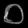
Digit: ၀